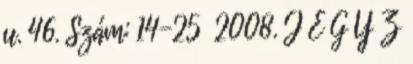
u. 46. Szám: 14-25 2008. J E G Y Z